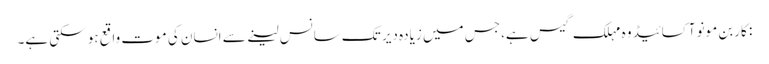
: کاربن مونو آکسائیڈ وہ مہلک گیس ہے، جس میں زیادہ دیر تک سانس لینے سے انسان کی موت واقع ہو سکتی ہے۔